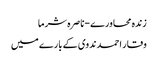
زندہ محاورے-ناصرہ شرما
وقار احمد ندوی کے بارے میں